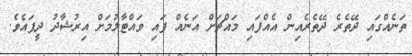
ތަނެއްގައި ދޭތެރެ ދޭތެރެއިން އެއްފައި މައްޗަށް އަނެއް ފައި ވައްޓާލުމަށް އިރުޝާދު ދީފައެވެ.